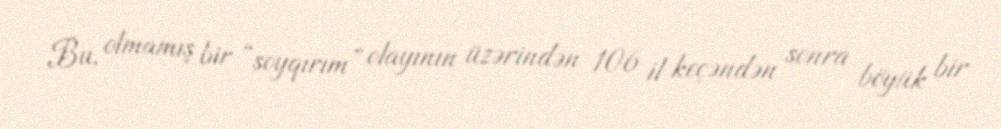
Bu, olmamış bir “soyqırım” olayının üzərindən 106 il keçəndən sonra böyük bir